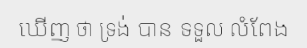
ឃើញ ថា ទ្រង់ បាន ទទួល លំពែង